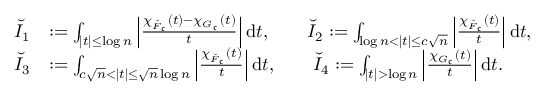
\begin{array} { r l } { \breve { I } _ { 1 } } & { : = \int _ { | t | \leq \log n } \left| \frac { \chi _ { \breve { F } _ { \mathfrak { c } } } ( t ) - \chi _ { G _ { \mathfrak { c } } } ( t ) } { t } \right| \mathrm { d } t , \qquad \breve { I } _ { 2 } : = \int _ { \log n < | t | \leq c \sqrt { n } } \left| \frac { \chi _ { \breve { F } _ { \mathfrak { c } } } ( t ) } { t } \right| \mathrm { d } t , } \\ { \breve { I } _ { 3 } } & { : = \int _ { c \sqrt { n } < | t | \leq \sqrt { n } \log n } \left| \frac { \chi _ { \breve { F } _ { \mathfrak { c } } } ( t ) } { t } \right| \mathrm { d } t , \qquad \breve { I } _ { 4 } : = \int _ { | t | > \log n } \left| \frac { \chi _ { G _ { \mathfrak { c } } } ( t ) } { t } \right| \mathrm { d } t . } \end{array}